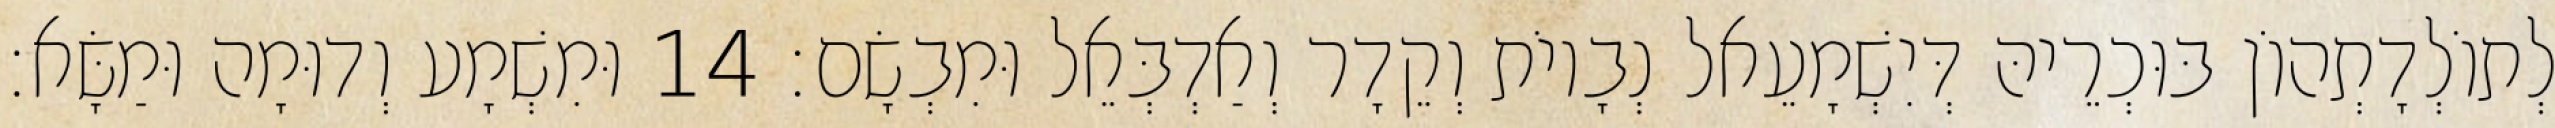
לְתוֹלְדָתְהוֹן בּוּכְרֵיהּ דְּיִשְׁמָעֵאל נְבָיוֹת וְקֵדָר וְאַדְבְּאֵל וּמִבְשָׂם׃ 14 וּמִשְׁמָע וְדוּמָה וּמַשָּׂא׃